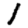
Digit: 1